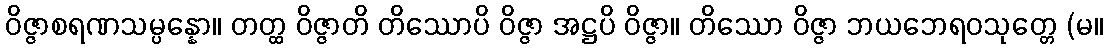
ဝိဇ္ဇာစရဏသမ္ပန္နော။ တတ္ထ ဝိဇ္ဇာတိ တိဿောပိ ဝိဇ္ဇာ အဋ္ဌပိ ဝိဇ္ဇာ။ တိဿော ဝိဇ္ဇာ ဘယဘေရဝသုတ္တေ (မ။